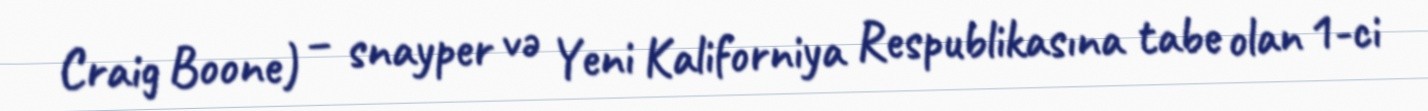
Craig Boone) – snayper və Yeni Kaliforniya Respublikasına tabe olan 1-ci